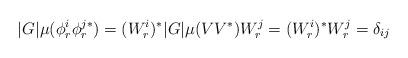
LaTeX: \begin{align*}|G|\mu(\phi_r^i\phi_r^{j*}) = (W_r^i)^* |G|\mu(VV^*) W_r^j =(W_r^i)^* W_r^j = \delta_{ij}\end{align*}